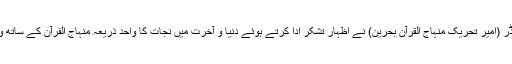
چوہدری اشرف بھنڈر (امیر تحریک منہاج القرآن بحرین) نے اظہار تشکر ادا کرتے ہوئے دنیا و آخرت میں نجات کا واحد ذریعہ منہاج القرآن کے ساتھ وابستگی کو قراردیا۔